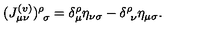
( J _ { \mu \nu } ^ { ( v ) } ) _ { \ \sigma } ^ { \rho } = \delta _ { \mu } ^ { \rho } \eta _ { \nu \sigma } - \delta _ { \ \nu } ^ { \rho } \eta _ { \mu \sigma } .